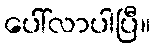
ပေါ်လာပါပြီ။